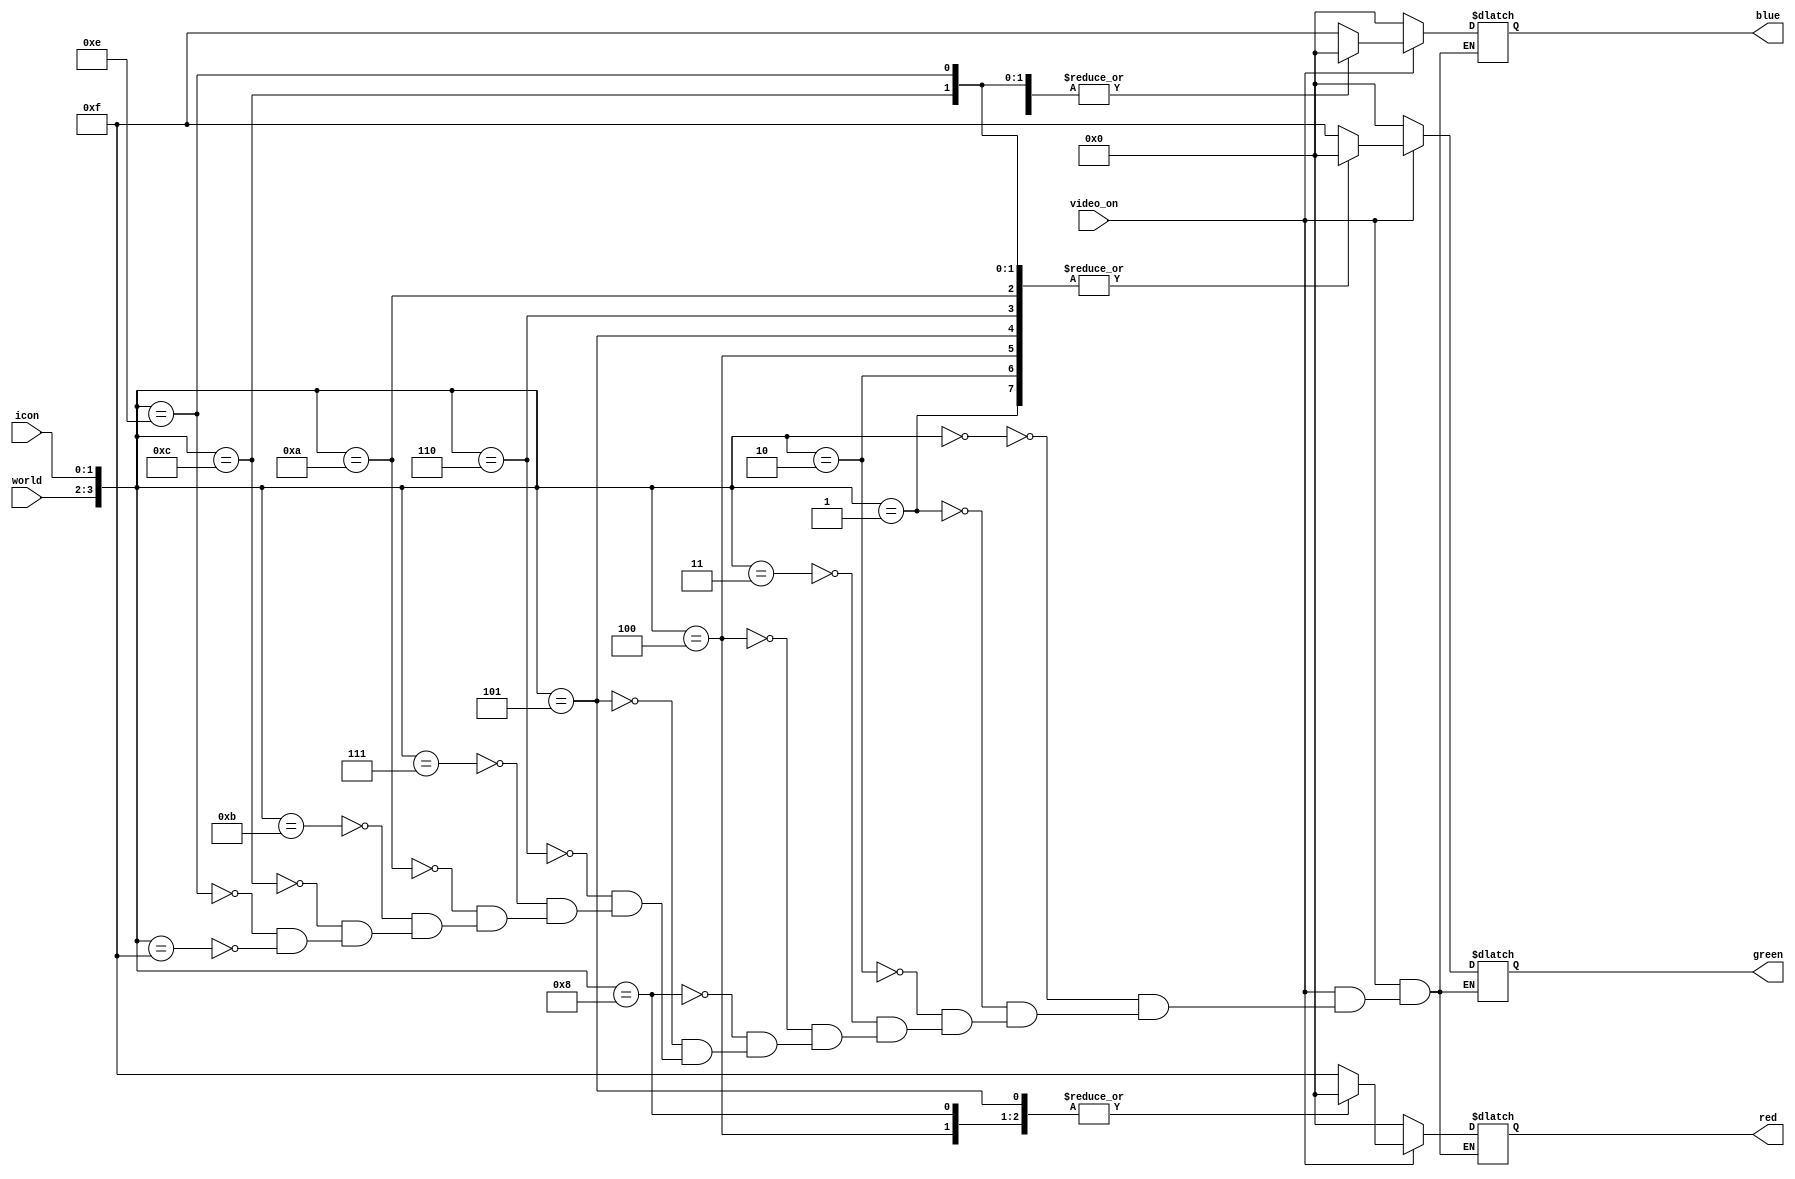
//////////////////////////////////////////////////////////////////////////////////
// Company: Portland State University
// 
// Design Name: Rojobot Emulator
// Module Name: colorizer
// Project Name: Project 2
// Target Devices: Nexys A7
// Tool Versions: 
// Description: 
//      Module for outputting RGB values for the display. 
// 
// Dependencies: 
// 
// Revision:
// Revision 0.01 - File Created
// Additional Comments:
//	Module outputs color display signals to a VGA port when video_on
//	signal is high.  2 bit pixel colors are received from the map and 
//	icon modules and their output colors are encoded.  
//////////////////////////////////////////////////////////////////////////////////


module colorizer(
    input               video_on,		// display enable		
    input 	[1:0]	world, icon,		// world/icon pixel
    output reg 	[3:0]   red, blue, green	// VGA r,g,b
    );
    
    // all the possible color combinations
    parameter blk = 12'b0000_0000_0000; // black line
    parameter blu = 12'b0000_1111_0000; // blue icon
    parameter rd  = 12'b1111_0000_0000; // red icon
    parameter grn = 12'b0000_0000_1111; // green obstacle
    parameter clr = 12'b1111_1111_1111; // clear background
    parameter yel = 12'b1111_0000_1111; // yellow icon
    
    always@(*)
    // encode VGA r,g,b output colors based {world, icon} input
    if(video_on == 1)
        case({world,icon})
            4'b0000: {red,blue,green} = clr;
            4'b0001: {red,blue,green} = blu;
            4'b0010: {red,blue,green} = rd;
            4'b0011: {red,blue,green} = yel;
            4'b0100: {red,blue,green} = blk;
            4'b1000: {red,blue,green} = grn;
            4'b0101: {red,blue,green} = blu;
            4'b0110: {red,blue,green} = rd;
            4'b0111: {red,blue,green} = yel;
            4'b0001: {red,blue,green} = blu;
            4'b1010: {red,blue,green} = rd;
            4'b1011: {red,blue,green} = yel;
            4'b1100: {red,blue,green} = rd;
            4'b0001: {red,blue,green} = blu;
            4'b1110: {red,blue,green} = rd;
            4'b1111: {red,blue,green} = yel;
        endcase
    else 
       {red,blue,green} = blk;
endmodule